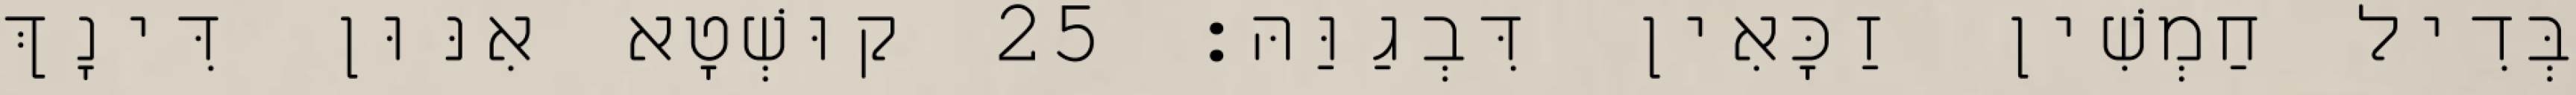
בְּדִיל חַמְשִׁין זַכָּאִין דִּבְגַוַּהּ׃ 25 קוּשְׁטָא אִנּוּן דִּינָךְ